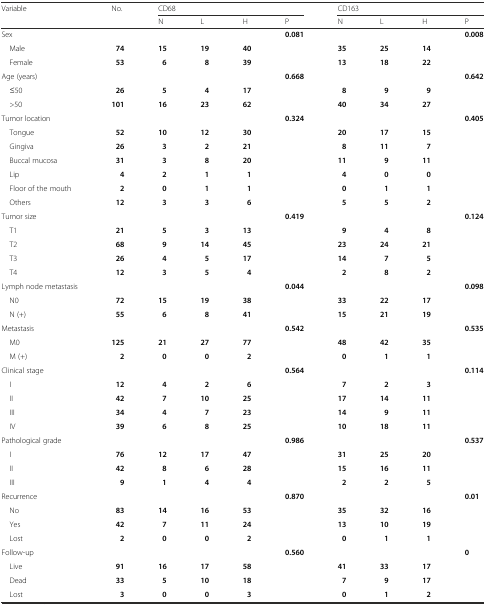
<table><thead><tr><td rowspan="2"><b>Variable</b></td><td rowspan="2"><b>No.</b></td><td colspan="4"><b>CD68</b></td><td colspan="4"><b>CD163</b></td></tr><tr><td><b>N</b></td><td><b>L</b></td><td><b>H</b></td><td><b>P</b></td><td><b>N</b></td><td><b>L</b></td><td><b>H</b></td><td><b>P</b></td></tr></thead><tbody><tr><td>Sex</td><td></td><td></td><td></td><td></td><td><b>0.081</b></td><td></td><td></td><td></td><td><b>0.008</b></td></tr><tr><td> Male</td><td><b>74</b></td><td><b>15</b></td><td><b>19</b></td><td><b>40</b></td><td></td><td><b>35</b></td><td><b>25</b></td><td><b>14</b></td><td></td></tr><tr><td> Female</td><td><b>53</b></td><td><b>6</b></td><td><b>8</b></td><td><b>39</b></td><td></td><td><b>13</b></td><td><b>18</b></td><td><b>22</b></td><td></td></tr><tr><td>Age (years)</td><td></td><td></td><td></td><td></td><td><b>0.668</b></td><td></td><td></td><td></td><td><b>0.642</b></td></tr><tr><td> ≤50</td><td><b>26</b></td><td><b>5</b></td><td><b>4</b></td><td><b>17</b></td><td></td><td><b>8</b></td><td><b>9</b></td><td><b>9</b></td><td></td></tr><tr><td> &gt;50</td><td><b>101</b></td><td><b>16</b></td><td><b>23</b></td><td><b>62</b></td><td></td><td><b>40</b></td><td><b>34</b></td><td><b>27</b></td><td></td></tr><tr><td>Tumor location</td><td></td><td></td><td></td><td></td><td><b>0.324</b></td><td></td><td></td><td></td><td><b>0.405</b></td></tr><tr><td> Tongue</td><td><b>52</b></td><td><b>10</b></td><td><b>12</b></td><td><b>30</b></td><td></td><td><b>20</b></td><td><b>17</b></td><td><b>15</b></td><td></td></tr><tr><td> Gingiva</td><td><b>26</b></td><td><b>3</b></td><td><b>2</b></td><td><b>21</b></td><td></td><td><b>8</b></td><td><b>11</b></td><td><b>7</b></td><td></td></tr><tr><td> Buccal mucosa</td><td><b>31</b></td><td><b>3</b></td><td><b>8</b></td><td><b>20</b></td><td></td><td><b>11</b></td><td><b>9</b></td><td><b>11</b></td><td></td></tr><tr><td> Lip</td><td><b>4</b></td><td><b>2</b></td><td><b>1</b></td><td><b>1</b></td><td></td><td><b>4</b></td><td><b>0</b></td><td><b>0</b></td><td></td></tr><tr><td> Floor of the mouth</td><td><b>2</b></td><td><b>0</b></td><td><b>1</b></td><td><b>1</b></td><td></td><td><b>0</b></td><td><b>1</b></td><td><b>1</b></td><td></td></tr><tr><td> Others</td><td><b>12</b></td><td><b>3</b></td><td><b>3</b></td><td><b>6</b></td><td></td><td><b>5</b></td><td><b>5</b></td><td><b>2</b></td><td></td></tr><tr><td>Tumor size</td><td></td><td></td><td></td><td></td><td><b>0.419</b></td><td></td><td></td><td></td><td><b>0.124</b></td></tr><tr><td> T1</td><td><b>21</b></td><td><b>5</b></td><td><b>3</b></td><td><b>13</b></td><td></td><td><b>9</b></td><td><b>4</b></td><td><b>8</b></td><td></td></tr><tr><td> T2</td><td><b>68</b></td><td><b>9</b></td><td><b>14</b></td><td><b>45</b></td><td></td><td><b>23</b></td><td><b>24</b></td><td><b>21</b></td><td></td></tr><tr><td> T3</td><td><b>26</b></td><td><b>4</b></td><td><b>5</b></td><td><b>17</b></td><td></td><td><b>14</b></td><td><b>7</b></td><td><b>5</b></td><td></td></tr><tr><td> T4</td><td><b>12</b></td><td><b>3</b></td><td><b>5</b></td><td><b>4</b></td><td></td><td><b>2</b></td><td><b>8</b></td><td><b>2</b></td><td></td></tr><tr><td>Lymph node metastasis</td><td></td><td></td><td></td><td></td><td><b>0.044</b></td><td></td><td></td><td></td><td><b>0.098</b></td></tr><tr><td> N0</td><td><b>72</b></td><td><b>15</b></td><td><b>19</b></td><td><b>38</b></td><td></td><td><b>33</b></td><td><b>22</b></td><td><b>17</b></td><td></td></tr><tr><td> N (+)</td><td><b>55</b></td><td><b>6</b></td><td><b>8</b></td><td><b>41</b></td><td></td><td><b>15</b></td><td><b>21</b></td><td><b>19</b></td><td></td></tr><tr><td>Metastasis</td><td></td><td></td><td></td><td></td><td><b>0.542</b></td><td></td><td></td><td></td><td><b>0.535</b></td></tr><tr><td> M0</td><td><b>125</b></td><td><b>21</b></td><td><b>27</b></td><td><b>77</b></td><td></td><td><b>48</b></td><td><b>42</b></td><td><b>35</b></td><td></td></tr><tr><td> M (+)</td><td><b>2</b></td><td><b>0</b></td><td><b>0</b></td><td><b>2</b></td><td></td><td><b>0</b></td><td><b>1</b></td><td><b>1</b></td><td></td></tr><tr><td>Clinical stage</td><td></td><td></td><td></td><td></td><td><b>0.564</b></td><td></td><td></td><td></td><td><b>0.114</b></td></tr><tr><td> I</td><td><b>12</b></td><td><b>4</b></td><td><b>2</b></td><td><b>6</b></td><td></td><td><b>7</b></td><td><b>2</b></td><td><b>3</b></td><td></td></tr><tr><td> II</td><td><b>42</b></td><td><b>7</b></td><td><b>10</b></td><td><b>25</b></td><td></td><td><b>17</b></td><td><b>14</b></td><td><b>11</b></td><td></td></tr><tr><td> III</td><td><b>34</b></td><td><b>4</b></td><td><b>7</b></td><td><b>23</b></td><td></td><td><b>14</b></td><td><b>9</b></td><td><b>11</b></td><td></td></tr><tr><td> IV</td><td><b>39</b></td><td><b>6</b></td><td><b>8</b></td><td><b>25</b></td><td></td><td><b>10</b></td><td><b>18</b></td><td><b>11</b></td><td></td></tr><tr><td>Pathological grade</td><td></td><td></td><td></td><td></td><td><b>0.986</b></td><td></td><td></td><td></td><td><b>0.537</b></td></tr><tr><td> I</td><td><b>76</b></td><td><b>12</b></td><td><b>17</b></td><td><b>47</b></td><td></td><td><b>31</b></td><td><b>25</b></td><td><b>20</b></td><td></td></tr><tr><td> II</td><td><b>42</b></td><td><b>8</b></td><td><b>6</b></td><td><b>28</b></td><td></td><td><b>15</b></td><td><b>16</b></td><td><b>11</b></td><td></td></tr><tr><td> III</td><td><b>9</b></td><td><b>1</b></td><td><b>4</b></td><td><b>4</b></td><td></td><td><b>2</b></td><td><b>2</b></td><td><b>5</b></td><td></td></tr><tr><td>Recurrence</td><td></td><td></td><td></td><td></td><td><b>0.870</b></td><td></td><td></td><td></td><td><b>0.01</b></td></tr><tr><td> No</td><td><b>83</b></td><td><b>14</b></td><td><b>16</b></td><td><b>53</b></td><td></td><td><b>35</b></td><td><b>32</b></td><td><b>16</b></td><td></td></tr><tr><td> Yes</td><td><b>42</b></td><td><b>7</b></td><td><b>11</b></td><td><b>24</b></td><td></td><td><b>13</b></td><td><b>10</b></td><td><b>19</b></td><td></td></tr><tr><td> Lost</td><td><b>2</b></td><td><b>0</b></td><td><b>0</b></td><td><b>2</b></td><td></td><td><b>0</b></td><td><b>1</b></td><td><b>1</b></td><td></td></tr><tr><td>Follow-up</td><td></td><td></td><td></td><td></td><td><b>0.560</b></td><td></td><td></td><td></td><td><b>0</b></td></tr><tr><td> Live</td><td><b>91</b></td><td><b>16</b></td><td><b>17</b></td><td><b>58</b></td><td></td><td><b>41</b></td><td><b>33</b></td><td><b>17</b></td><td></td></tr><tr><td> Dead</td><td><b>33</b></td><td><b>5</b></td><td><b>10</b></td><td><b>18</b></td><td></td><td><b>7</b></td><td><b>9</b></td><td><b>17</b></td><td></td></tr><tr><td> Lost</td><td><b>3</b></td><td><b>0</b></td><td><b>0</b></td><td><b>3</b></td><td></td><td><b>0</b></td><td><b>1</b></td><td><b>2</b></td><td></td></tr></tbody></table>